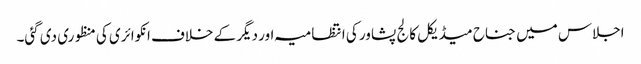
اجلاس میں جناح میڈیکل کالج پشاور کی انتظامیہ اور دیگر کے خلاف انکوائری کی منظوری دی گئی۔